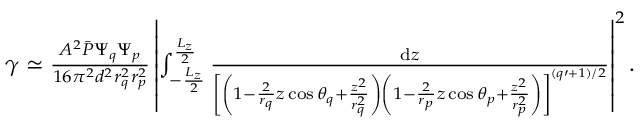
\begin{array} { r } { \gamma \simeq \frac { A ^ { 2 } \bar { P } \Psi _ { q } \Psi _ { p } } { 1 6 \pi ^ { 2 } d ^ { 2 } r _ { q } ^ { 2 } r _ { p } ^ { 2 } } \left| \int _ { - \frac { L _ { z } } 2 } ^ { \frac { L _ { z } } 2 } \frac { \mathrm { d } z } { \left[ \left( 1 - \frac 2 { r _ { q } } z \cos \theta _ { q } + \frac { z ^ { 2 } } { r _ { q } ^ { 2 } } \right) \left( 1 - \frac 2 { r _ { p } } z \cos \theta _ { p } + \frac { z ^ { 2 } } { r _ { p } ^ { 2 } } \right) \right] ^ { ( q \prime + 1 ) / 2 } } \right| ^ { 2 } . } \end{array}